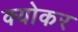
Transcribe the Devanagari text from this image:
क्योकर